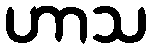
ဟာသ